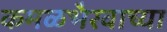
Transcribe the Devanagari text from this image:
कमळभैरवाच्या